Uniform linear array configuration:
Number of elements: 16
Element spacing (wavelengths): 0.5
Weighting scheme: hann
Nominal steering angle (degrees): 15
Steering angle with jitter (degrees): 14.559
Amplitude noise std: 0.05
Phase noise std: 0.05

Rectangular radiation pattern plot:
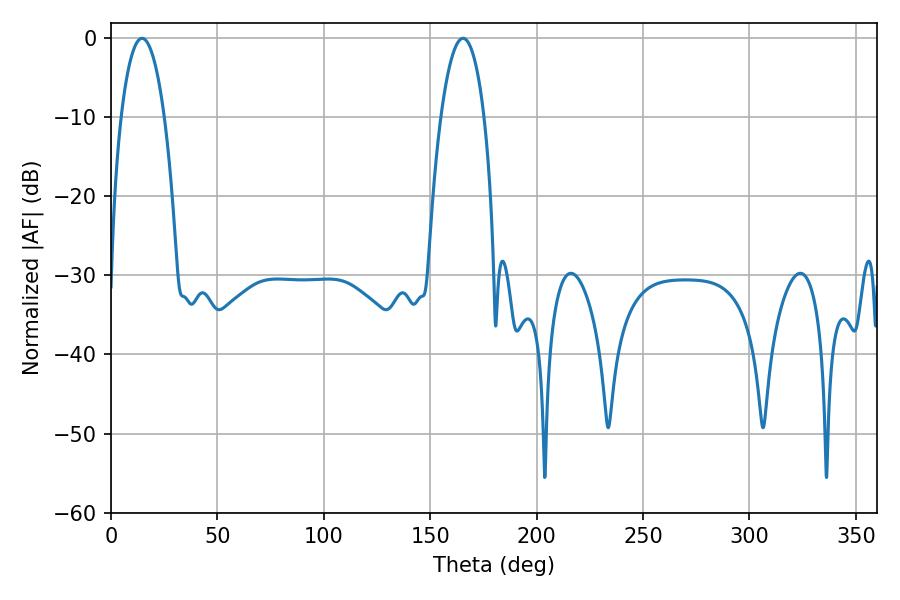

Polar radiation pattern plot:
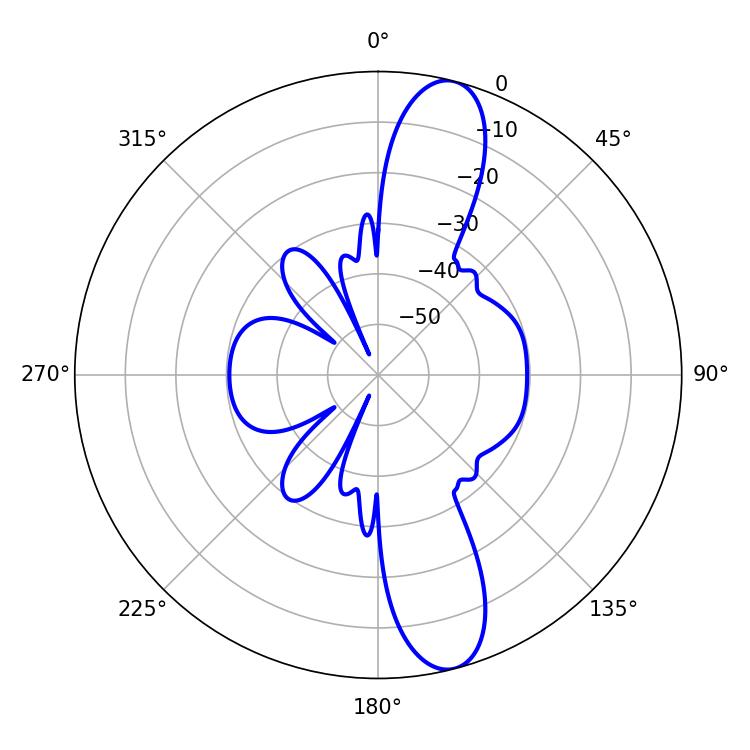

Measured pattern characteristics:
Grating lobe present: FALSE
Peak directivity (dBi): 12.71
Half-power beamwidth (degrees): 11.34
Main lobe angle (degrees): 14.58